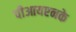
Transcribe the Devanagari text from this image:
पीआयएनके